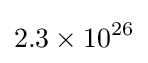
2.3\times 10^{26}